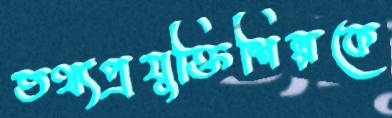
তথ্যপ্রযুক্তিশিল্পকে